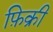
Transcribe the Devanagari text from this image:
फ़िक्री